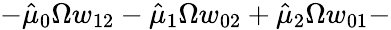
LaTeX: -\hat{\mu}_{0}\Omega w_{12}-\hat{\mu}_{1}\Omega w_{02}+\hat{\mu}_{2}\Omega w_{01}-